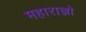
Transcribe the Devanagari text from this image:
महाराज्ञो